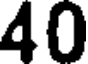
40